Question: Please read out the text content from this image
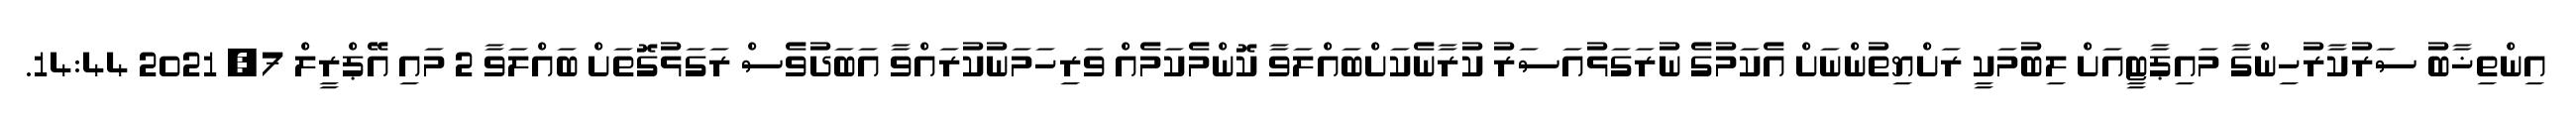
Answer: އިންތިޚާބު ސަރުކާރުހިންގާ މައިޕާޓީއަށް ލިބުމަކީ ރަށްޔިތުންނަށް އެކަމުގެ ނުރަގަޅުއަސަރު ކުރާނެކަށްބައްލަވާ ކޮންމެކަމެއް ވަރިހަމަނުކުރައްވާ އަބަދުވެސް ރަގަޅުގޮތަށް ބައްލަވާ 2 މައި އޭޕްރީލް 7, 2021 14:44.